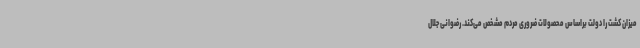
میزان کشت را دولت براساس محصولات ضروری مردم مشخص می‌کند. رضوانی جلال